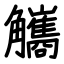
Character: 觿